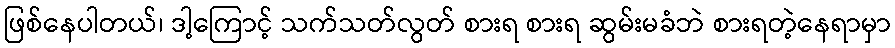
ဖြစ်နေပါတယ်၊ ဒါ့ကြောင့် သက်သတ်လွတ် စားရ စားရ ဆွမ်းမခံဘဲ စားရတဲ့နေရာမှာ